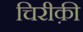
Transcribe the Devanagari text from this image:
चिरीक़ी